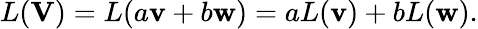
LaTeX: L(\mathbf{V})=L(a\mathbf{v}+b\mathbf{w})=aL(\mathbf{v})+bL(\mathbf{w}).